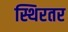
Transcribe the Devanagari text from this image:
स्थिरतर